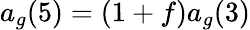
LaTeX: a_{g}(5)=(1+f)a_{g}(3)